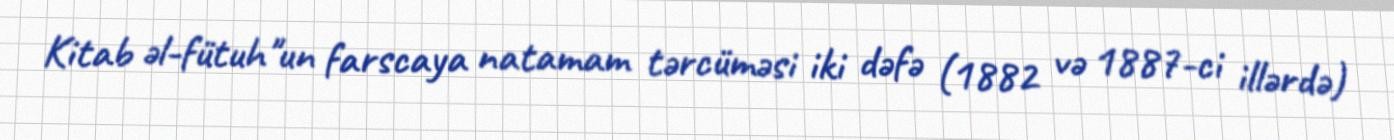
Kitab əl-fütuh"un farscaya natamam tərcüməsi iki dəfə (1882 və 1887-ci illərdə)